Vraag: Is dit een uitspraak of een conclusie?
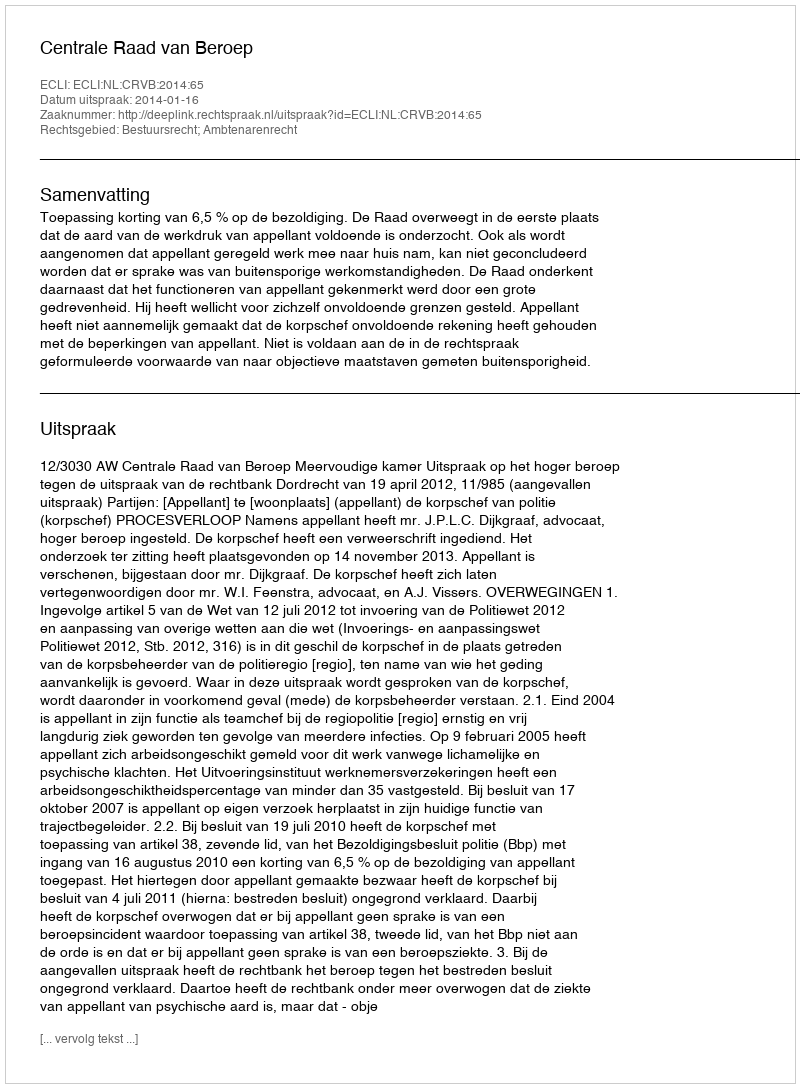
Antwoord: Uitspraak